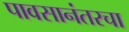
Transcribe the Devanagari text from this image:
पावसानंतरचा